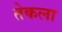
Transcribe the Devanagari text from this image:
तेकला